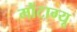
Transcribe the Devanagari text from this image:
मौंटाग्यू